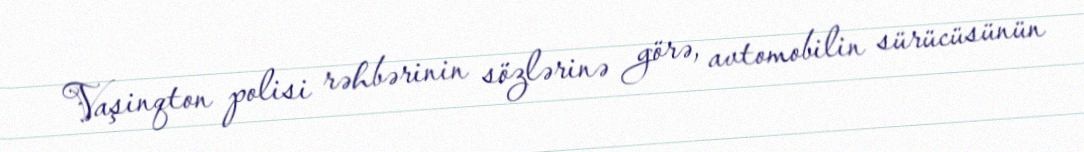
Vaşinqton polisi rəhbərinin sözlərinə görə, avtomobilin sürücüsünün